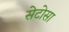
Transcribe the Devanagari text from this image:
सेटोसा